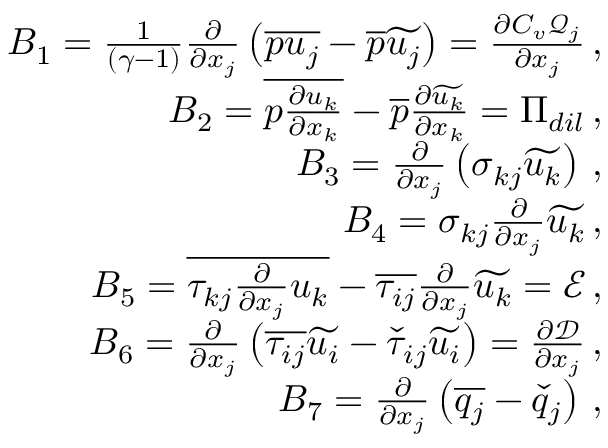
\begin{array} { r } { B _ { 1 } = \frac { 1 } { ( \gamma - 1 ) } \frac { \partial } { \partial x _ { j } } \left( \overline { { p u _ { j } } } - \overline { { p } } \widetilde { u _ { j } } \right) = \frac { \partial C _ { v } \mathcal { Q } _ { j } } { \partial x _ { j } } \, \mathrm { , } } \\ { B _ { 2 } = \overline { { p \frac { \partial u _ { k } } { \partial x _ { k } } } } - \overline { { p } } \frac { \partial \widetilde { u _ { k } } } { \partial x _ { k } } = \Pi _ { d i l } \, \mathrm { , } } \\ { B _ { 3 } = \frac { \partial } { \partial x _ { j } } \left( \sigma _ { k j } \widetilde { u _ { k } } \right) \, \mathrm { , } } \\ { B _ { 4 } = \sigma _ { k j } \frac { \partial } { \partial x _ { j } } \widetilde { u _ { k } } \, \mathrm { , } } \\ { B _ { 5 } = \overline { { \tau _ { k j } \frac { \partial } { \partial x _ { j } } u _ { k } } } - \overline { { \tau _ { i j } } } \frac { \partial } { \partial x _ { j } } \widetilde { u _ { k } } = \mathcal { E } \, \mathrm { , } } \\ { B _ { 6 } = \frac { \partial } { \partial x _ { j } } \left( \overline { { \tau _ { i j } } } \widetilde { u _ { i } } - \check { \tau } _ { i j } \widetilde { u _ { i } } \right) = \frac { \partial \mathcal { D } } { \partial x _ { j } } \, \mathrm { , } } \\ { B _ { 7 } = \frac { \partial } { \partial x _ { j } } \left( \overline { { q _ { j } } } - \check { q } _ { j } \right) \, \mathrm { , } } \end{array}